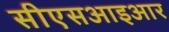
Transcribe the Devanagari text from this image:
सीएसआइआर